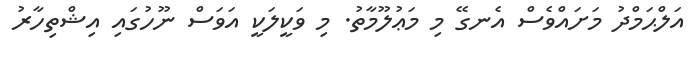
އަލްޙަމްދު މަށައްވެސް އެނގޭ މި މަޢުލޫމާތު. މި ވަކީލަކީ އަވަސް ނޫހުގައި އިޝްތިހާރު